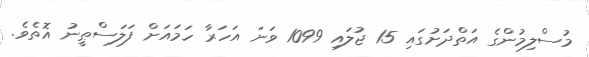
މުސްލިމުންގެ އަތްދަށުގައި 15 ޖުލައި 1099 ވަނަ އަހަރާ ހަމައަށް ފަލަސްޠީނު އޮތެވެ.